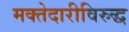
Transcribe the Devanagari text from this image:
मक्तेदारीविरुद्ध